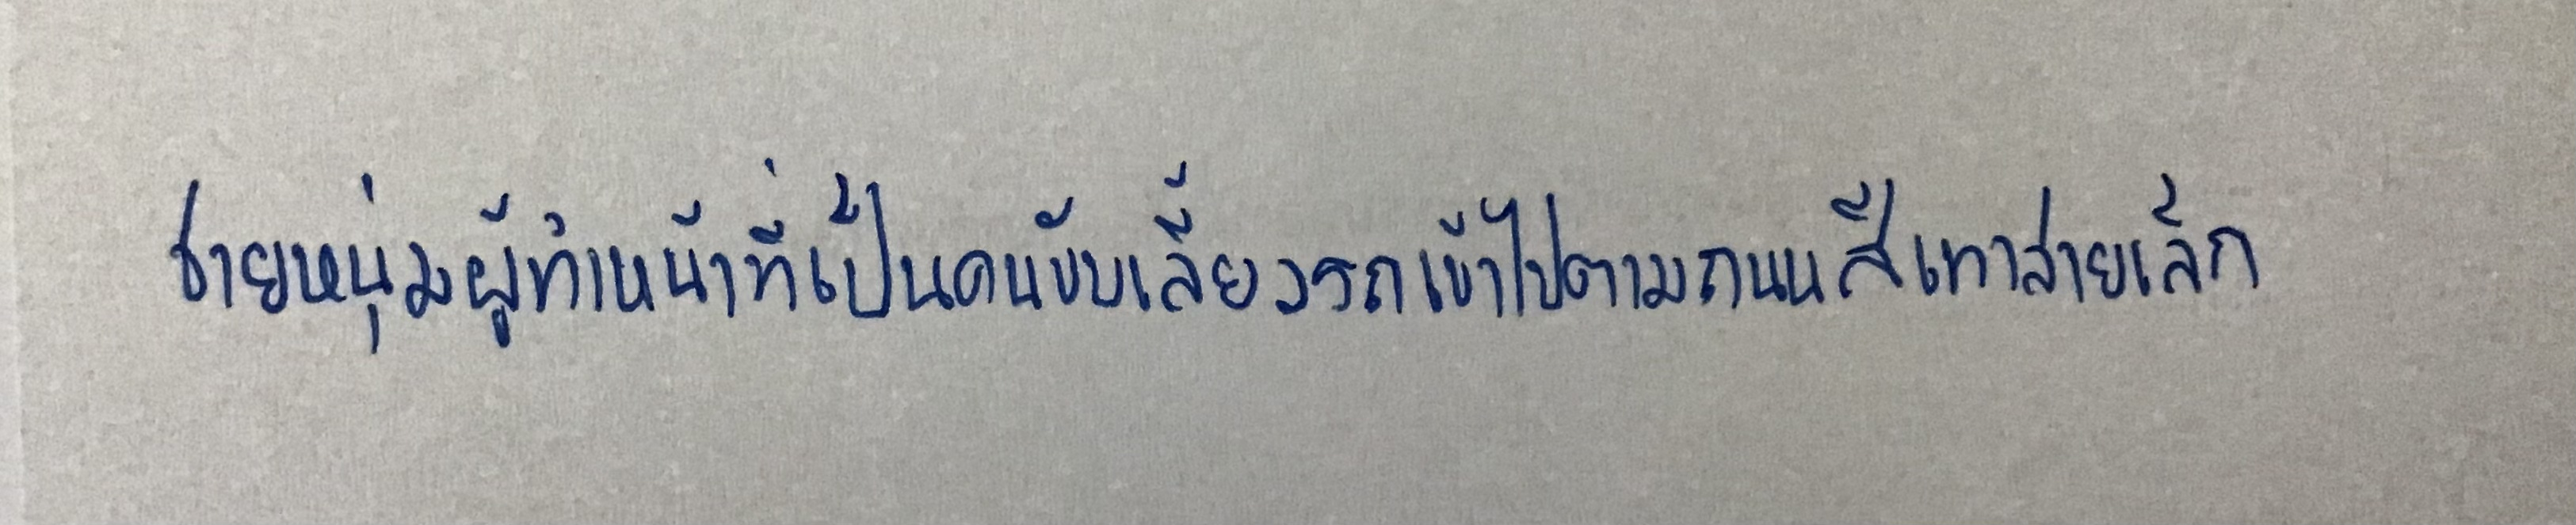
ชายหนุ่มผู้ทำหน้าที่เป็นคนขับเลี้ยวรถเข้าไปตามถนนสีเทาสายเล็ก